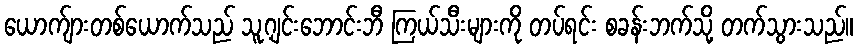
ယောက်ျားတစ်ယောက်သည် သူ့ဂျင်းဘောင်းဘီ ကြယ်သီးများကို တပ်ရင်း စခန်းဘက်သို့ တက်သွားသည်။